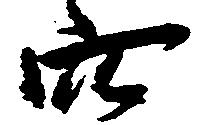
穴